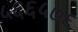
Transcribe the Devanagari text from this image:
५६६५७६